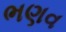
ભણવ